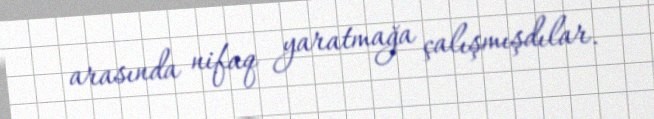
arasında nifaq yaratmağa çalışmışdılar.